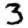
Digit: 3